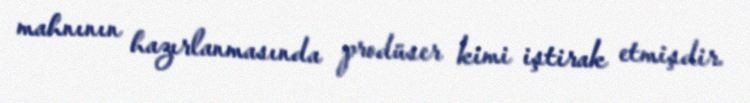
mahnının hazırlanmasında prodüser kimi iştirak etmişdir.